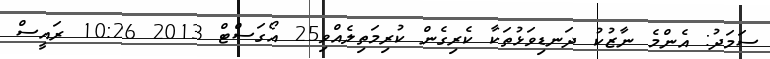
ސަމަދު: އެންމެ ނާޒުކު ދަނޑިވަޅުތަކާ ކެރިގެން ކުރިމަތިލެއްވި25 އޯގަސްޓް 2013 10:26 ރައީސް